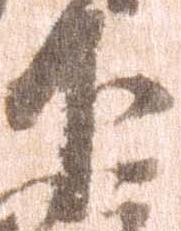
下